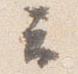
云